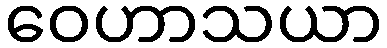
ဝေဟာသယာ